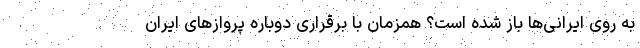
به روی ایرانی‌ها باز شده است؟ همزمان با برقراری دوباره پروازهای ایران